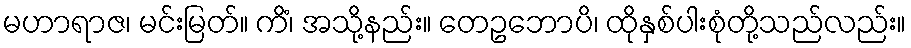
မဟာရာဇ၊ မင်းမြတ်။ ကိံ၊ အသို့နည်း။ တေဥဘောပိ၊ ထိုနှစ်ပါးစုံတို့သည်လည်း။